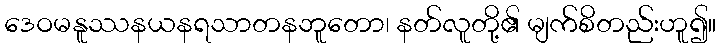
ဒေဝမနူဿနယနရသာတနဘူတော၊ နတ်လူတို့၏ မျက်စိတည်းဟူ၍။